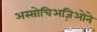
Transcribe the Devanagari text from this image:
अस्सोचिअज़िओने